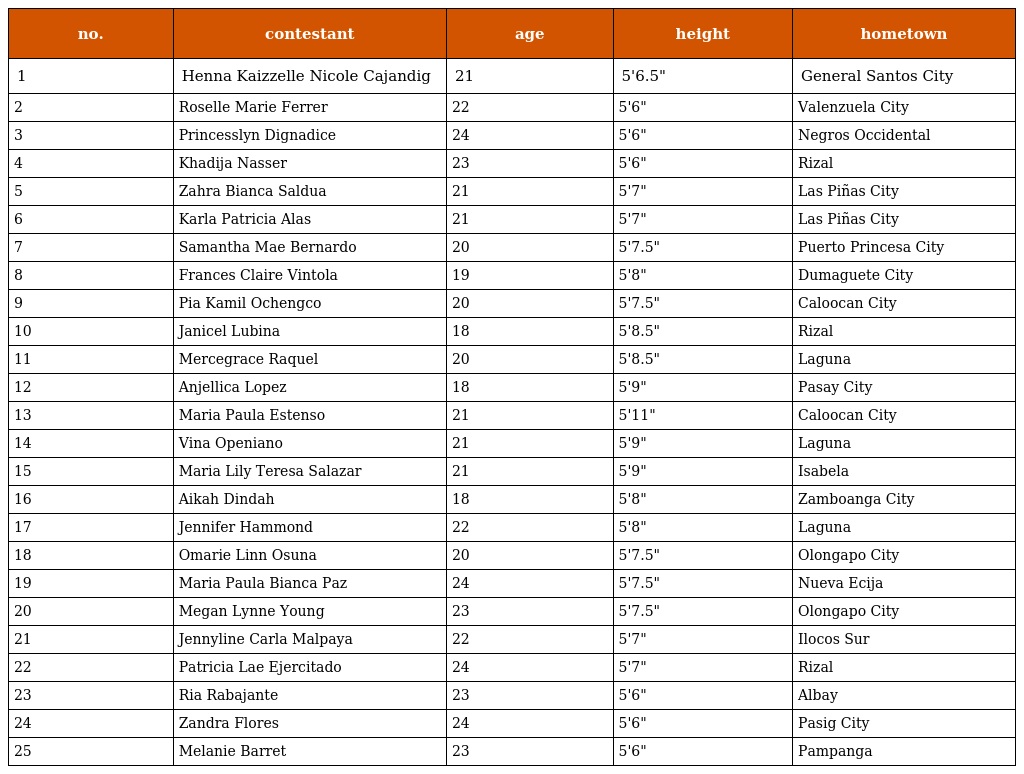
| no. | contestant | age | height | hometown |
 | --- | --- | --- | --- | --- |
 | 1 | Henna Kaizzelle Nicole Cajandig | 21 | 5'6.5" | General Santos City |
 | 2 | Roselle Marie Ferrer | 22 | 5'6" | Valenzuela City |
 | 3 | Princesslyn Dignadice | 24 | 5'6" | Negros Occidental |
 | 4 | Khadija Nasser | 23 | 5'6" | Rizal |
 | 5 | Zahra Bianca Saldua | 21 | 5'7" | Las Piñas City |
 | 6 | Karla Patricia Alas | 21 | 5'7" | Las Piñas City |
 | 7 | Samantha Mae Bernardo | 20 | 5'7.5" | Puerto Princesa City |
 | 8 | Frances Claire Vintola | 19 | 5'8" | Dumaguete City |
 | 9 | Pia Kamil Ochengco | 20 | 5'7.5" | Caloocan City |
 | 10 | Janicel Lubina | 18 | 5'8.5" | Rizal |
 | 11 | Mercegrace Raquel | 20 | 5'8.5" | Laguna |
 | 12 | Anjellica Lopez | 18 | 5'9" | Pasay City |
 | 13 | Maria Paula Estenso | 21 | 5'11" | Caloocan City |
 | 14 | Vina Openiano | 21 | 5'9" | Laguna |
 | 15 | Maria Lily Teresa Salazar | 21 | 5'9" | Isabela |
 | 16 | Aikah Dindah | 18 | 5'8" | Zamboanga City |
 | 17 | Jennifer Hammond | 22 | 5'8" | Laguna |
 | 18 | Omarie Linn Osuna | 20 | 5'7.5" | Olongapo City |
 | 19 | Maria Paula Bianca Paz | 24 | 5'7.5" | Nueva Ecija |
 | 20 | Megan Lynne Young | 23 | 5'7.5" | Olongapo City |
 | 21 | Jennyline Carla Malpaya | 22 | 5'7" | Ilocos Sur |
 | 22 | Patricia Lae Ejercitado | 24 | 5'7" | Rizal |
 | 23 | Ria Rabajante | 23 | 5'6" | Albay |
 | 24 | Zandra Flores | 24 | 5'6" | Pasig City |
 | 25 | Melanie Barret | 23 | 5'6" | Pampanga |